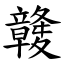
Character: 竷